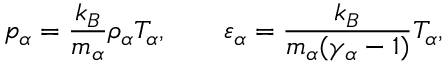
p _ { \alpha } = \frac { k _ { B } } { m _ { \alpha } } \rho _ { \alpha } T _ { \alpha } , \qquad \varepsilon _ { \alpha } = \frac { k _ { B } } { m _ { \alpha } ( \gamma _ { \alpha } - 1 ) } T _ { \alpha } ,